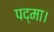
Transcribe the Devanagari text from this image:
पद्मा।